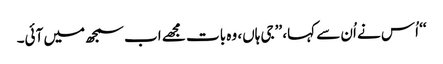
‘‘ اُس نے اُن سے کہا، ’’جی ہاں، وہ بات مجھے اب سمجھ میں آئی۔